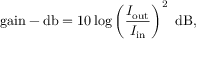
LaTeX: { \mathrm { g a i n - d b } } = 1 0 \log \left( { \frac { I _ { \mathrm { o u t } } } { I _ { \mathrm { i n } } } } \right) ^ { 2 } ~ { \mathrm { d B } } ,